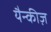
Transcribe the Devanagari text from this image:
यैन्कीज़